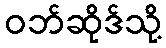
ဝဘ်ဆိုဒ်သို့